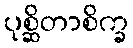
ပုစ္ဆိတာစိက္ခ